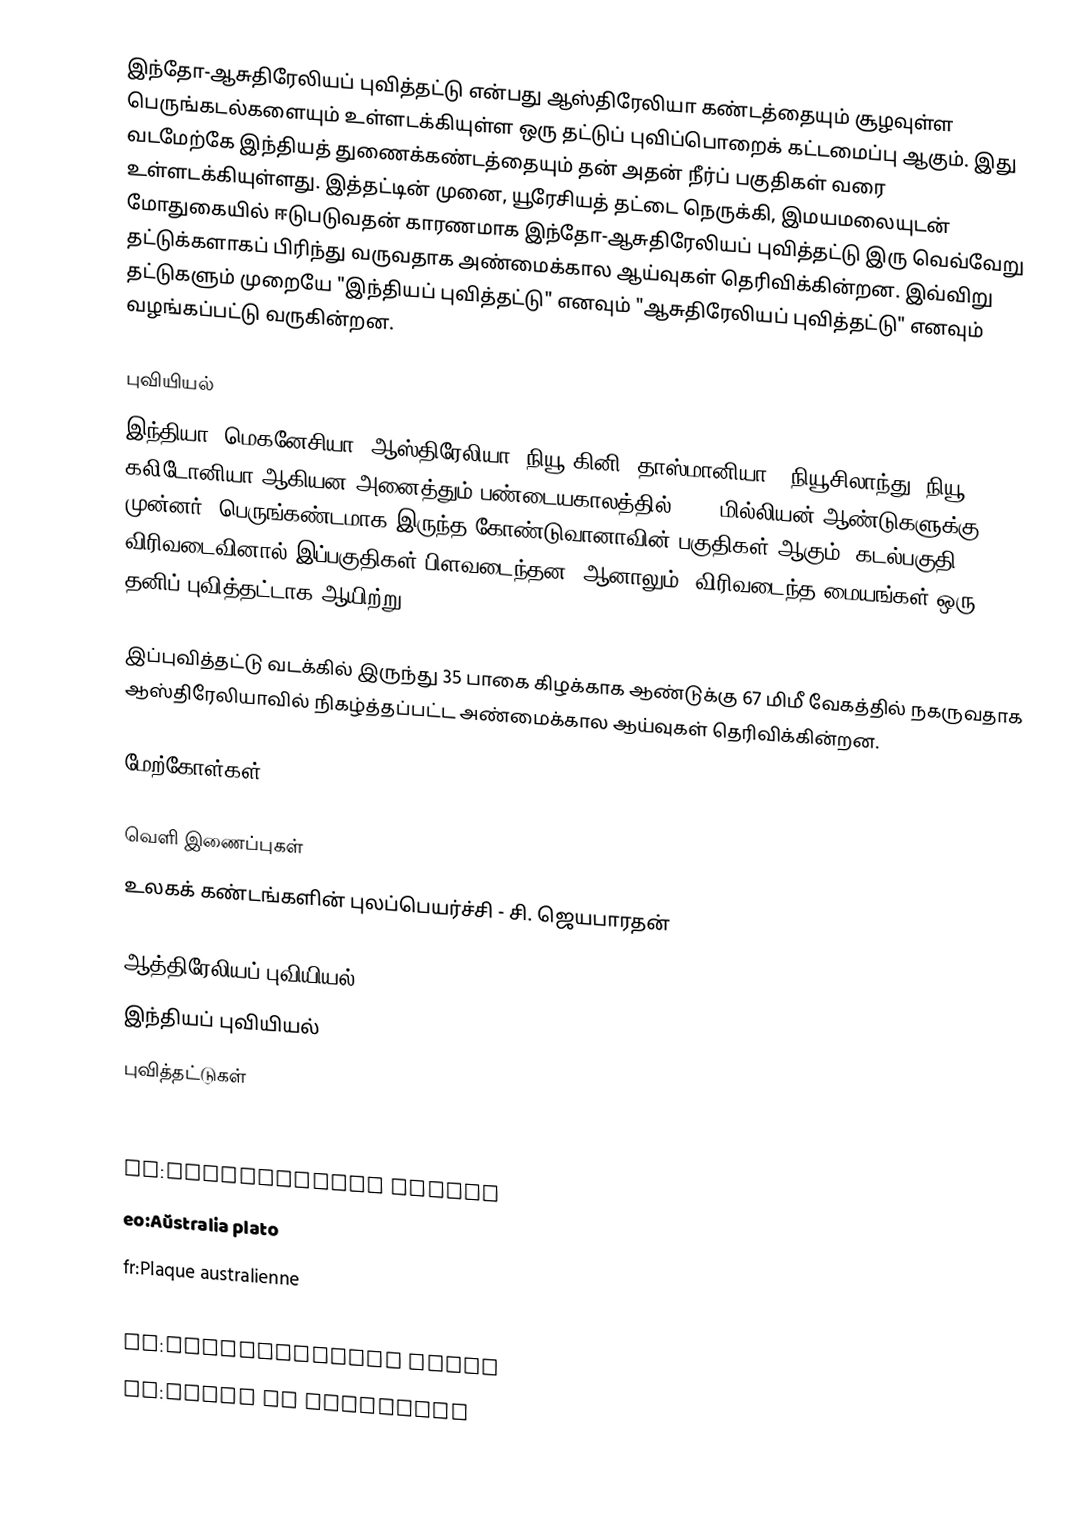
இந்தோ-ஆசுதிரேலியப் புவித்தட்டு என்பது ஆஸ்திரேலியா கண்டத்தையும் சூழவுள்ள பெருங்கடல்களையும் உள்ளடக்கியுள்ள ஒரு தட்டுப் புவிப்பொறைக் கட்டமைப்பு ஆகும். இது வடமேற்கே இந்தியத் துணைக்கண்டத்தையும் தன் அதன் நீர்ப் பகுதிகள் வரை உள்ளடக்கியுள்ளது. இத்தட்டின் முனை, யூரேசியத் தட்டை நெருக்கி, இமயமலையுடன் மோதுகையில் ஈடுபடுவதன் காரணமாக இந்தோ-ஆசுதிரேலியப் புவித்தட்டு இரு வெவ்வேறு தட்டுக்களாகப் பிரிந்து வருவதாக அண்மைக்கால ஆய்வுகள் தெரிவிக்கின்றன. இவ்விறு தட்டுகளும் முறையே "இந்தியப் புவித்தட்டு" எனவும் "ஆசுதிரேலியப் புவித்தட்டு" எனவும் வழங்கப்பட்டு வருகின்றன.

புவியியல்
இந்தியா, மெகனேசியா (ஆஸ்திரேலியா, நியூ கினி, தாஸ்மானியா), நியூசிலாந்து, நியூ கலிடோனியா ஆகியன அனைத்தும் பண்டையகாலத்தில் (200 மில்லியன் ஆண்டுகளுக்கு முன்னர்) பெருங்கண்டமாக இருந்த கோண்டுவானாவின் பகுதிகள் ஆகும். கடல்பகுதி விரிவடைவினால் இப்பகுதிகள் பிளவடைந்தன. ஆனாலும், விரிவடைந்த மையங்கள் ஒரு தனிப் புவித்தட்டாக ஆயிற்று.

இப்புவித்தட்டு வடக்கில் இருந்து 35 பாகை கிழக்காக ஆண்டுக்கு 67 மிமீ வேகத்தில் நகருவதாக ஆஸ்திரேலியாவில் நிகழ்த்தப்பட்ட அண்மைக்கால ஆய்வுகள் தெரிவிக்கின்றன.

மேற்கோள்கள்

வெளி இணைப்புகள்
 உலகக் கண்டங்களின் புலப்பெயர்ச்சி - சி. ஜெயபாரதன்

ஆத்திரேலியப் புவியியல்
இந்தியப் புவியியல்
புவித்தட்டுகள்

cs:Australská deska
de:Australische Platte
eo:Aŭstralia plato
fr:Plaque australienne
nl:Australische Plaat
ru:Австралийская плита
sw:Bamba la Australia